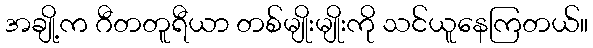
အချို့က ဂီတတူရီယာ တစ်မျိုးမျိုးကို သင်ယူနေကြတယ်။